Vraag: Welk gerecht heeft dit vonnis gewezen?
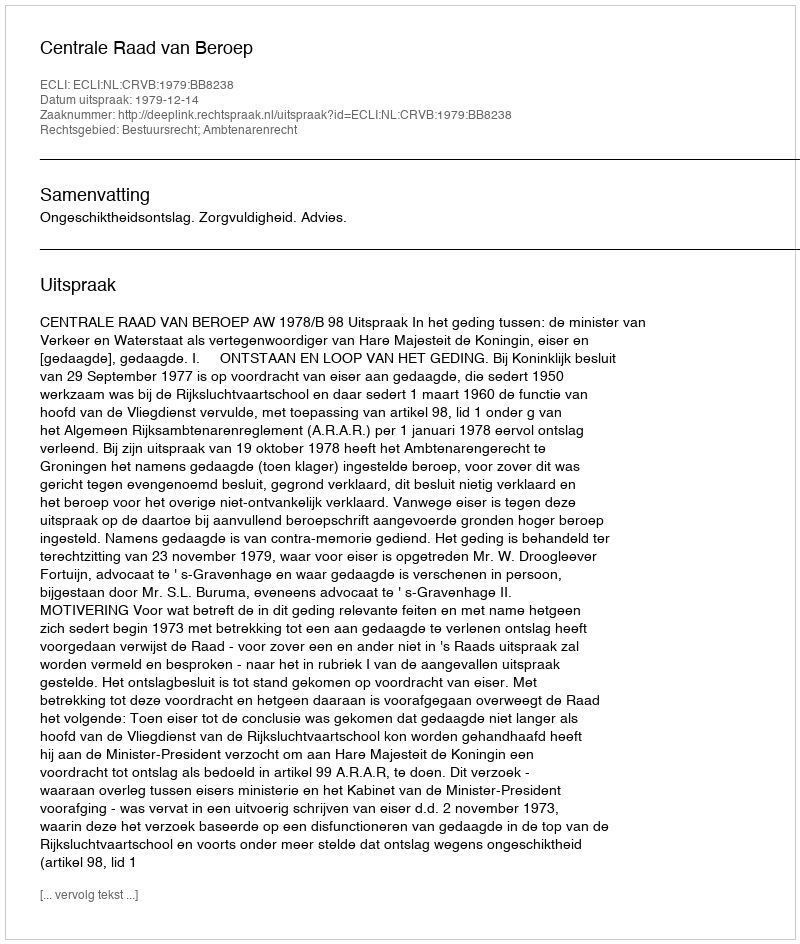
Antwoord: Centrale Raad van Beroep